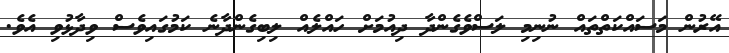
އޭރުން މަސައްކަތްތައް ނުނިމި ލަސްވެގެންދާ ދިއުމަށް ހައްލެއް ލިބިގެންދާނެ ކަމުގައިވެސް ވިދާޅުވި އެވެ.